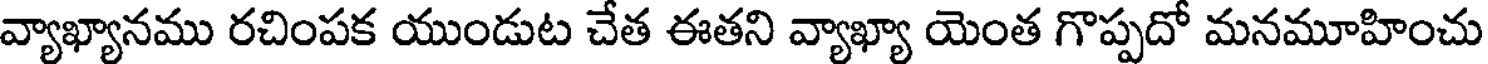
వ్యాఖ్యానము రచింపక యుండుట చేత ఈతని వ్యాఖ్యా యెంత గొప్పదో మనమూహించు